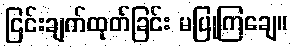
ငြင်းချက်ထုတ်ခြင်း မပြုကြချေ။